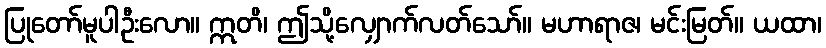
ပြုတော်မူပါဦးလော။ ဣတိ၊ ဤသို့လျှောက်လတ်သော်။ မဟာရာဇ၊ မင်းမြတ်။ ယထာ၊